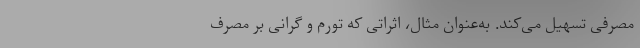
مصرفی تسهیل می‌کند. به‌عنوان مثال، اثراتی که تورم و گرانی بر مصرف